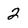
Character: 2